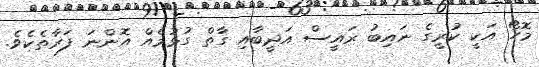
މޮހޯ އަކީ ކުރީގެ ނައިބު ރައީސް އަދީބާއި ގާތް ގުޅުމެއް އޮންނަ ފަރާތެކެވެ.